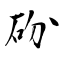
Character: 砏